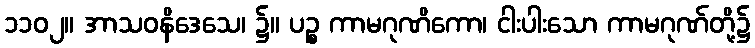
၁၁၀၂။ အာသဝနိဒေသေ၊ ၌။ ပဉ္စ ကာမဂုဏိကော၊ ငါးပါးသော ကာမဂုဏ်တို့၌